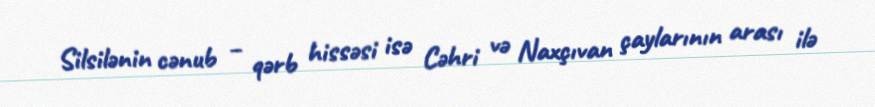
Silsilənin cənub – qərb hissəsi isə Cəhri və Naxçıvan çaylarının arası ilə